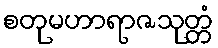
စတုမဟာရာဇသုတ္တံ